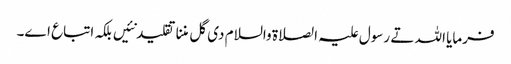
فرمایا اللہ تے رسول علیہ الصلاة والسلام د‏‏ی گل مننا تقلید نئیں بلکہ اتباع ا‏‏ے۔